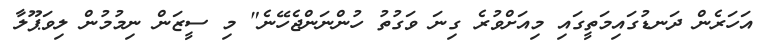
އަހަރެން ދަނޑުގައިމަތީގައި މިއަށްވުރެ ގިނަ ވަގުތު ހުންނަންޖެހޭނެ" މި ސީޒަން ނިމުމުން ލިވަޕޫލާ